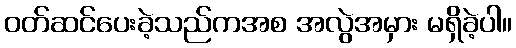
ဝတ်ဆင်ပေးခဲ့သည်ကအစ အလွဲအမှား မရှိခဲ့ပါ။